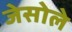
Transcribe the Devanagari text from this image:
जेसोले